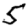
Digit: 5